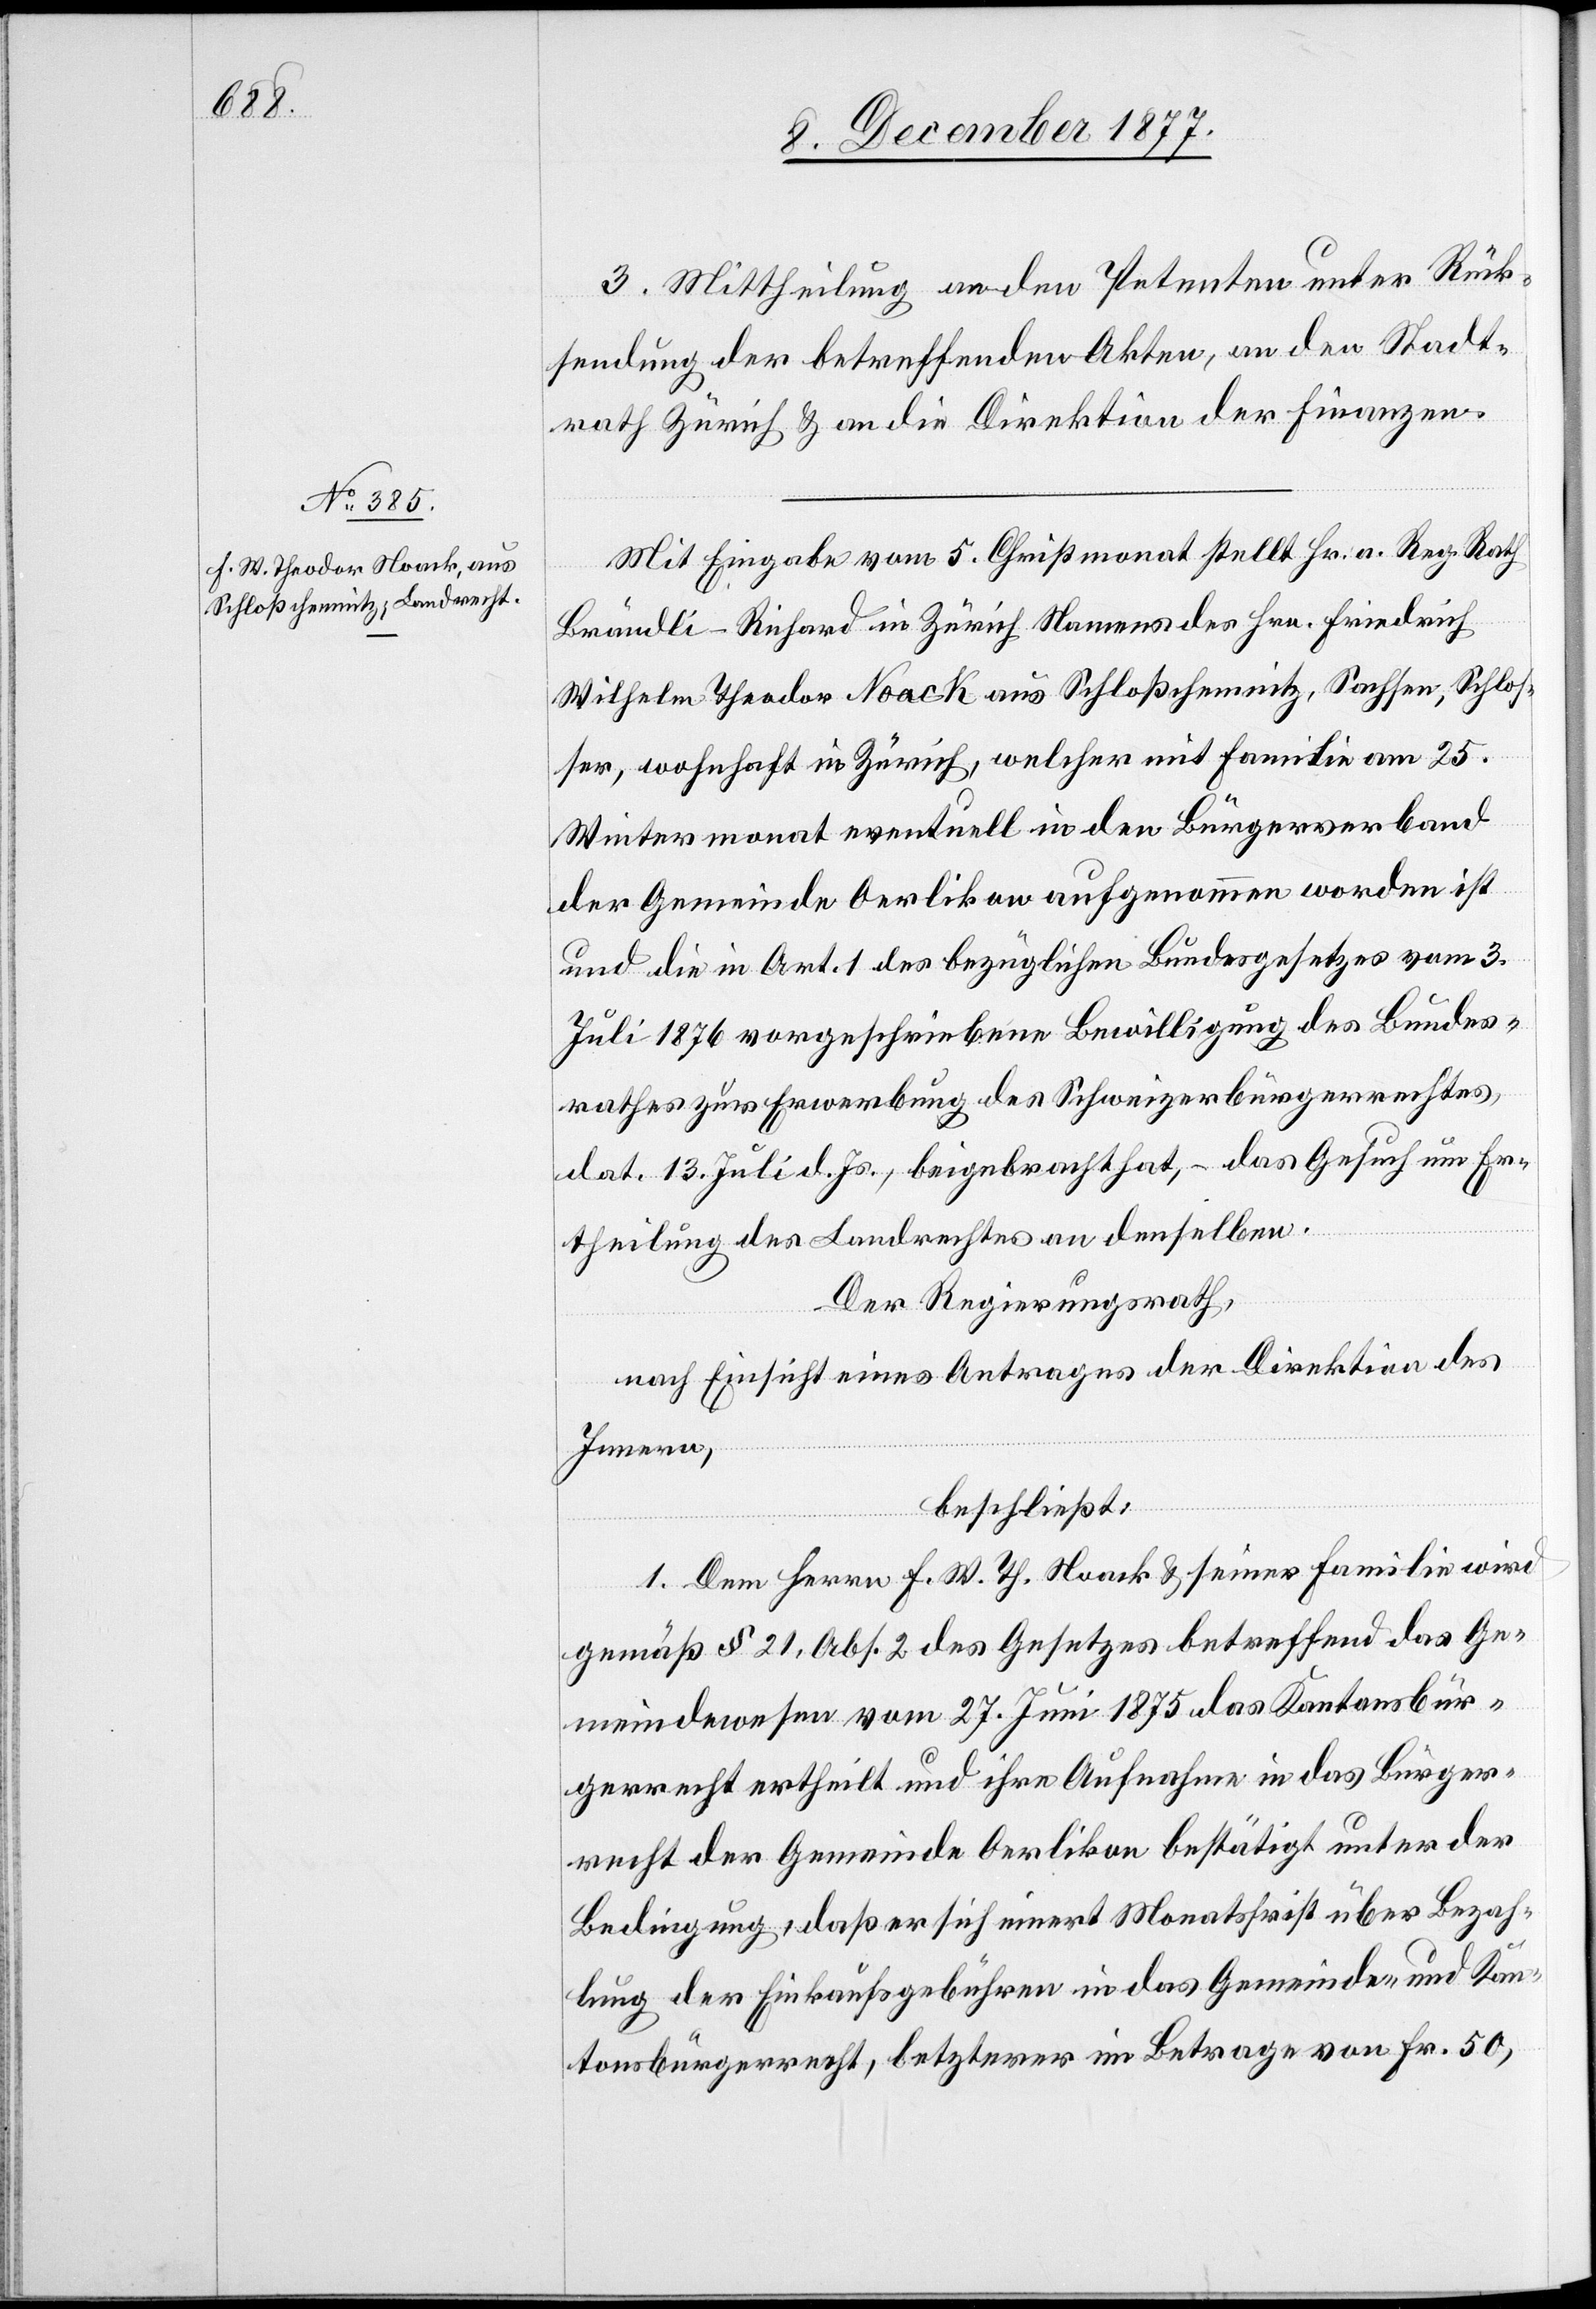
3. Mittheilung an den Petenten unter Rück¬
sendung der betreffenden Akten, an den Stadt¬
rath Zürich & an die Direktion der Finanzen.
Mit Eingabe vom 5. Christmonat stellt Hr. a. Reg. Rath
Brändli-Richard in Zürich Namens des Hrn. Friedrich
Wilhelm Theodor Noack aus Schloßchemnitz, Sachsen, Schlos¬
ser, wohnhaft in Zürich, welcher mit Familie am 25.
Wintermonat eventuell in den Bürgerverband
der Gemeinde Oerlikon aufgenommen worden ist
und die in Art. 1 des bezüglichen Bundesgesetzes vom 3.
Juli 1876 vorgeschriebene Bewilligung des Bundes¬
rathes zur Erwerbung des Schweizerbürgerrechtes,
dat. 13. Juli d. Js., beigebracht hat, – das Gesuch um Er¬
theilung des Landrechtes an denselben.
Der Regierungsrath,
nach Einsicht eines Antrages der Direktion des
Innern,
beschließt:
1. Dem Herrn F. W. Th. Noack & seiner Familie wird
gemäß § 21, Abs. 2 des Gesetzes betreffend das Ge¬
meindewesen vom 27. Juni 1875 das Kantonsbür¬
gerrecht ertheilt und ihre Aufnahme in das Bürger¬
recht der Gemeinde Oerlikon bestätigt unter der
Bedingung, daß er sich innert Monatsfrist über Bezah¬
lung der Einkaufsgebühren in das Gemeinde- und Kan¬
tonsbürgerrecht, letzterer im Betrage von Fr. 50,